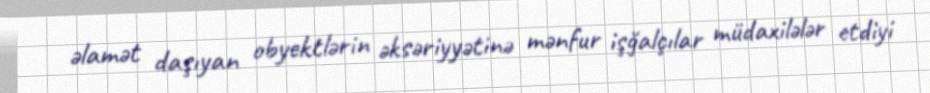
əlamət daşıyan obyektlərin əksəriyyətinə mənfur işğalçılar müdaxilələr etdiyi